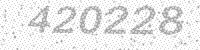
Solution: 420228